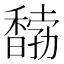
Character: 𩡒